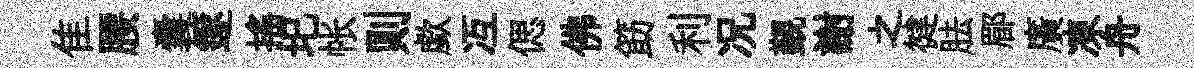
隹腰囊篴搖圯帐则歔冱偲佛筯利况覲謝之徤胠郿廣凍舟